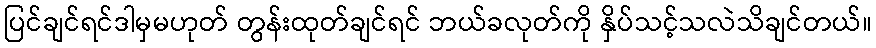
ပြင်ချင်ရင်ဒါမှမဟုတ် တွန်းထုတ်ချင်ရင် ဘယ်ခလုတ်ကို နှိပ်သင့်သလဲသိချင်တယ်။